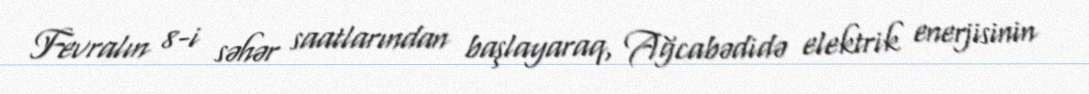
Fevralın 8-i səhər saatlarından başlayaraq, Ağcabədidə elektrik enerjisinin